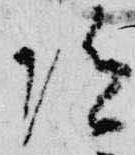
陀